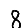
Digit: 8